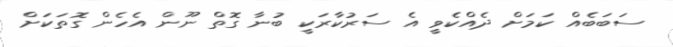
ސަބަބެއް ކަމަށް ދެއްކެވީ އެ ސަރުކާރަކީ ބުނާ ގޮތް ނޫން އެހެން ގޮތަކަށް